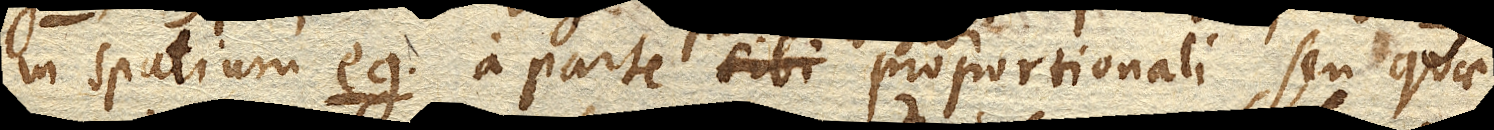
in spatium eg. a parte sibi proportionali, seu quae